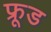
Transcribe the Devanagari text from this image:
फ्रूड